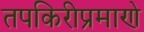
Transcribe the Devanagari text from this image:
तपकिरीप्रमाणे